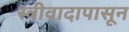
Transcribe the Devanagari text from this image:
स्त्रीवादापासून